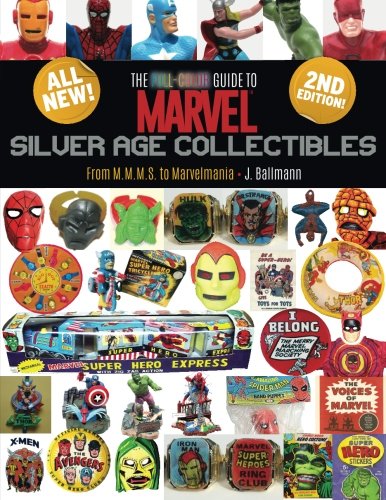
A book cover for The Full-Color Guide to Marvel Silver Age Collectibles: From MMMS to Marvelmania; J. Ballmann; Comics & Graphic Novels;